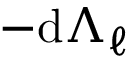
- \mathrm { d } \Lambda _ { \ell }